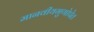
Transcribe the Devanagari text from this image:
मानवीयगुणोपेत